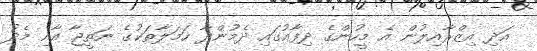
އަދި އިޒްރާއިލުން އެ މީހުންގެ ދިފާއުގައި ދެމުންދާ ހަމަލާތަކުގެ ނަތީޖާ އާއި މެދު